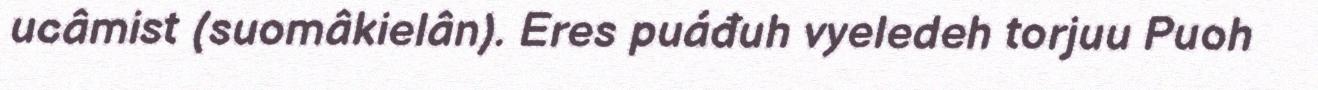
ucâmist (suomâkielân). Eres puáđuh vyeledeh torjuu Puoh